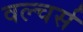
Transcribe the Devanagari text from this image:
वल्चर्स